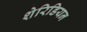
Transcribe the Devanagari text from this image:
शेरिडियन